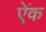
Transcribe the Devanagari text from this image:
ऐंक